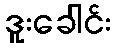
ဒူးခေါင်း